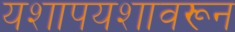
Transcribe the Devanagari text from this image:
यशापयशावरून